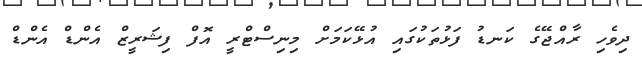
ދިވެހި ރާއްޖޭގެ ކަނޑު ފަޅުތަކުގައި އުޅޭކަމަށް މިނިސްޓްރީ އޮފް ފިޝަރީޒް އެންޑް އެންޑް